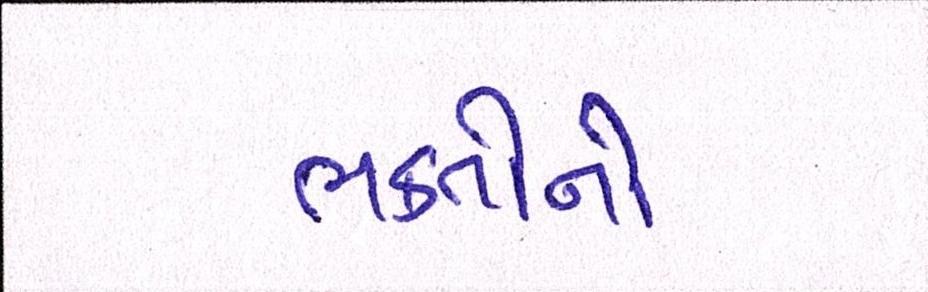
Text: ભક્તોનો